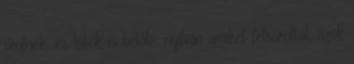
örülnék, és látok is belőle: nyilván amiket felsoroltál, azok